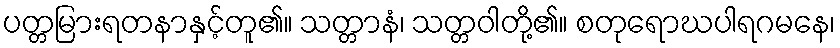
ပတ္တမြားရတနာနှင့်တူ၏။ သတ္တာနံ၊ သတ္တဝါတို့၏။ စတုရောဃပါရဂမနေ၊